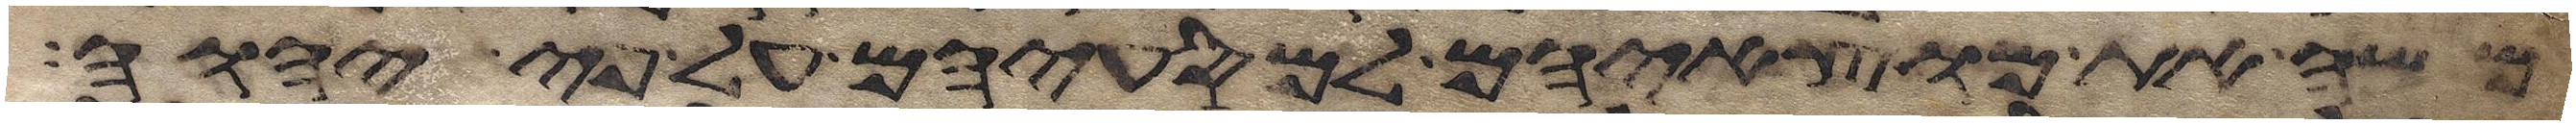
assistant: משה את מוצאיהם למסעיהם על פי יהוה